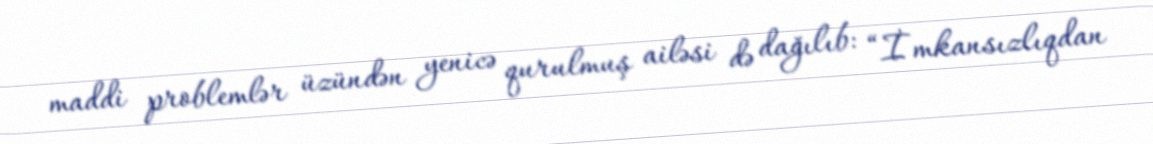
maddi problemlər üzündən yenicə qurulmuş ailəsi də dağılıb: “İmkansızlıqdan